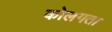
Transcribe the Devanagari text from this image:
कोलगता